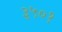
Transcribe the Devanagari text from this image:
३५०१